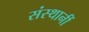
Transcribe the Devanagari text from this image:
संस्थानीं